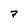
Character: 7